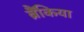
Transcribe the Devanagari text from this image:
ब्रैंकिया